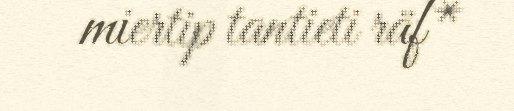
miertip tantieti räf*